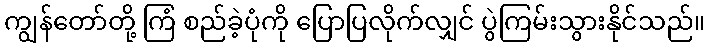
ကျွန်တော်တို့ ကြံ စည်ခဲ့ပုံကို ပြောပြလိုက်လျှင် ပွဲကြမ်းသွားနိုင်သည်။